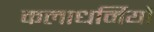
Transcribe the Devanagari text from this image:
कलाधर्मियों